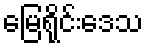
မြေရိုင်းဒေသ